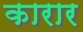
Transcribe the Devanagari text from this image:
कारार